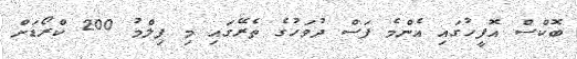
ބޮކްސް އޮފީހުގައި އެންމެ ފަސް ދުވަހުގެ ތެރޭގައި މި ފިލްމު 200 ކްރޯޑަށް